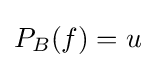
P_{B}(f)=u